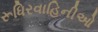
રૂધિરવાહિનીઓ